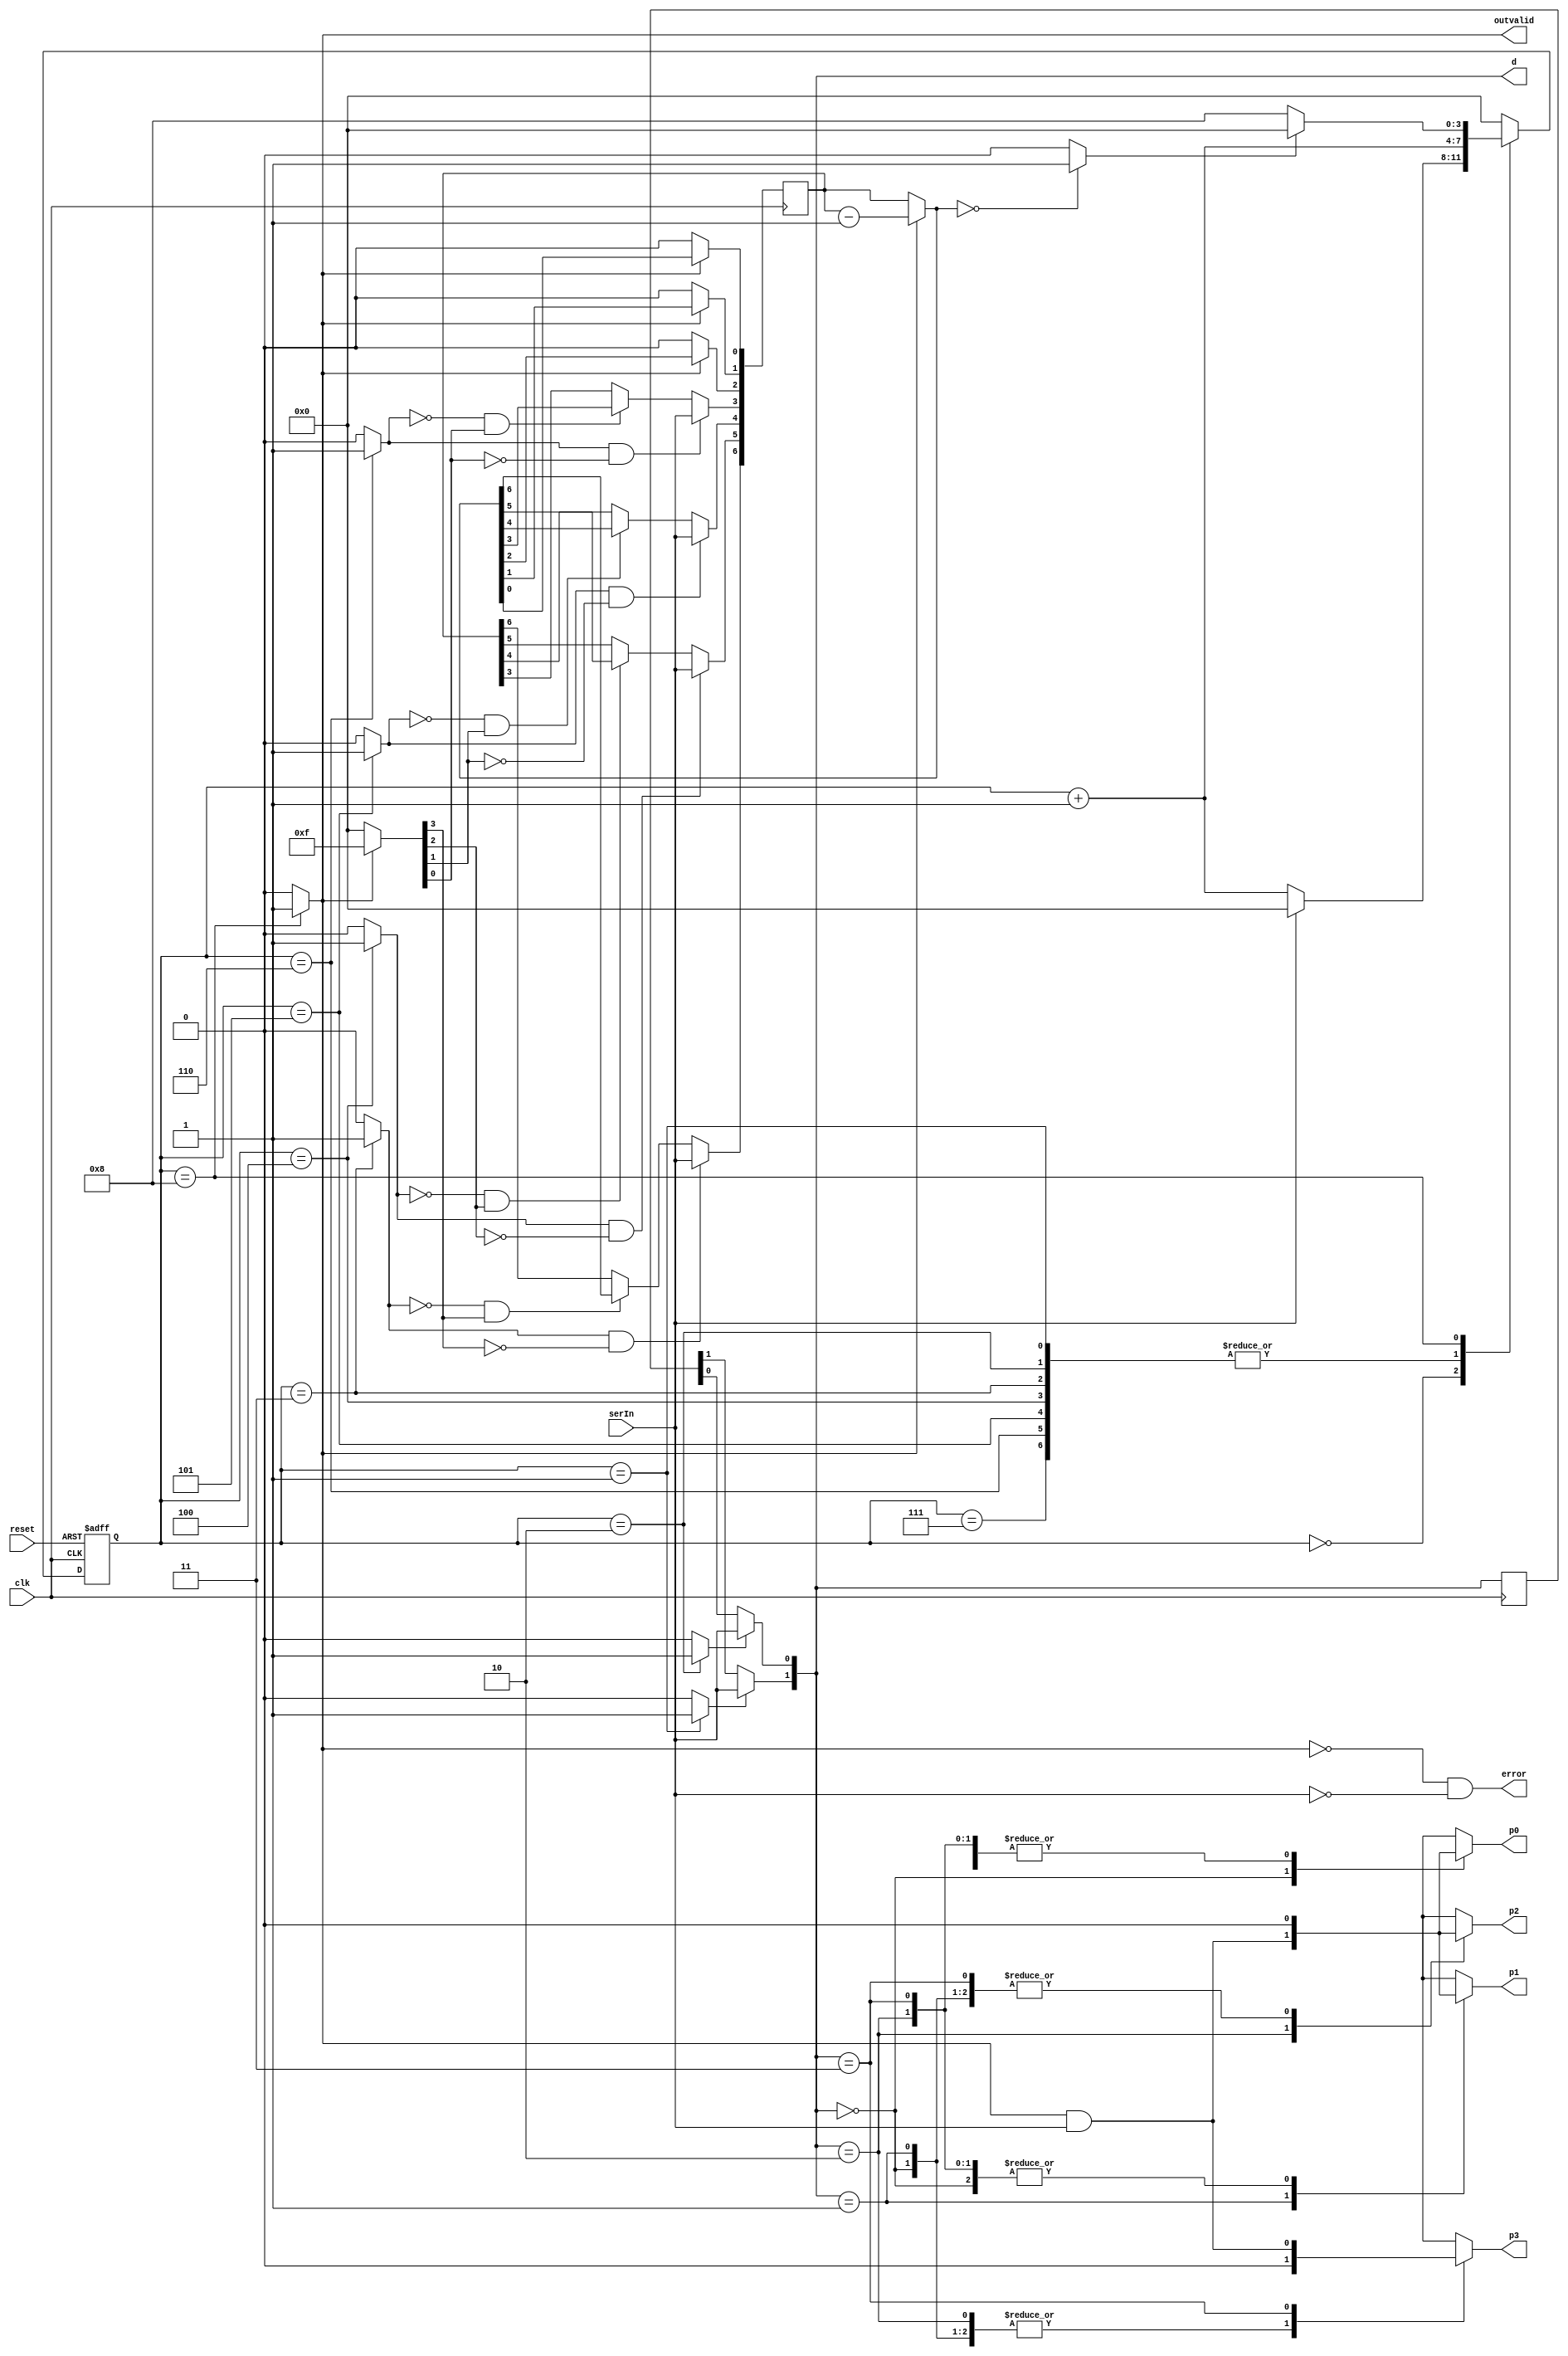
`timescale 1ns/1ns

module MSSD(input reset, serIn, clk, output reg p0, p1, p2, p3, output error, outvalid, output [1:0] d);

    reg [3:0] ns;
    reg [3:0] ps = 4'd0;
    wire ld1, ld2;
    wire ci, on, done;
    wire [1:6] LD;
    wire [3:6] S0, S1;
    wire [3:9] ns_comb;
    reg [3:9] ps_comb;
    wire [1:2] ns_comb_2;
    reg [1:2] ps_comb_2;
    wire [3:9] decremented;
    wire D;

    always@(ps, serIn, done) begin
        ns=4'd0;
            case(ps)
                0: ns = serIn ? 4'd0 : ps + 4'd1;
                1: ns = ps + 4'd1;
                2: ns = ps + 4'd1;
                3: ns = ps + 4'd1;
                4: ns = ps + 4'd1;
                5: ns = ps + 4'd1;
                6: ns = ps + 4'd1;
                7: ns = ps + 4'd1;
                8: ns = done ?  4'd0 : 4'd8;
                default: ns = 4'd0;
            endcase
    end

    always@(posedge clk, posedge reset) begin
        if(reset)
            ps<= 4'd0;
        else
            ps<=ns;
    end

    assign ci = (ps == 4'd8) ? 1'b1 : 1'b0;
    assign on = (ps == 4'd8) ? 1'b1 : 1'b0;
    assign S1 = (on) ? 4'b1111 : 4'd0;
    assign ld1 = (ps==4'd1) ? 1'b1 : 1'b0;
    assign ld2 = (ps==4'd2) ? 1'b1 : 1'b0;
    assign LD = {ld1, ld2, 4'b1111};
    assign S0[3] = (ps==4'd3)? 1'b1 : 1'b0;
    assign S0[4] = (ps==4'd4)? 1'b1 : 1'b0;
    assign S0[5] = (ps==4'd5)? 1'b1 : 1'b0;
    assign S0[6] = (ps==4'd6)? 1'b1 : 1'b0;

    always@(posedge clk) begin
        ps_comb<=ns_comb;
        ps_comb_2<=ns_comb_2;
    end

    assign decremented = ci ? ps_comb - 7'd1 : ps_comb;
    assign ns_comb_2[1] = LD[1] ? serIn : ps_comb_2[1];
    assign ns_comb_2[2] = LD[2] ? serIn : ps_comb_2[2];
    assign ns_comb[3] = LD[3] ? (S0[3]&& ~S1[3]) ? serIn : (~S0[3]&& S1[3]) ? decremented[3] :ps_comb[3]:ps_comb[3];
    assign ns_comb[4] = LD[4] ? (S0[4]&& ~S1[4]) ? serIn : (~S0[4]&& S1[4]) ? decremented[4] :ps_comb[4]:ps_comb[4];
    assign ns_comb[5] = LD[5] ? (S0[5]&& ~S1[5]) ? serIn : (~S0[5]&& S1[5]) ? decremented[5] :ps_comb[5]:ps_comb[5];
    assign ns_comb[6] = LD[6] ? (S0[6]&& ~S1[6]) ? serIn : (~S0[6]&& S1[6]) ? decremented[6] :ps_comb[6]:ps_comb[6];
    assign ns_comb[7] = ~ci ? 1'b0: decremented[7];
    assign ns_comb[8] = ~ci ? 1'b0: decremented[8];
    assign ns_comb[9] = ~ci ? 1'b0: decremented[9];
    assign done = decremented==7'd0 ? 1'b1 : 1'b0;
    assign outvalid = on;
    assign d[1] = ns_comb_2[1];
    assign d[0] = ns_comb_2[2];
    assign error = (~outvalid)&&(~serIn);
    assign D = on & serIn;
    
    always@(d, D)begin
        p0 =1'b0;
        p1 =1'b0;
        p2 =1'b0;
        p3 =1'b0;
            case(d)
                2'b00: p0 = D;
                2'b01: p1 = D;
                2'b10: p2 = D;
                2'b11: p3 = D;
            endcase
    end
endmodule